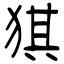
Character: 猉